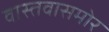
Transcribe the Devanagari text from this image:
वास्तवासमोर